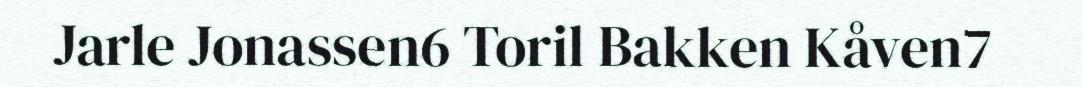
Jarle Jonassen6 Toril Bakken Kåven7